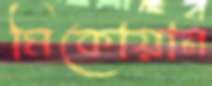
মিকোয়ান